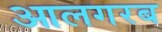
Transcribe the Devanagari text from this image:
आलगरब